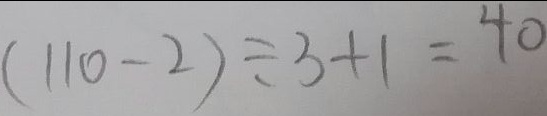
( 1 1 0 - 2 ) \div 3 + 1 = 4 0